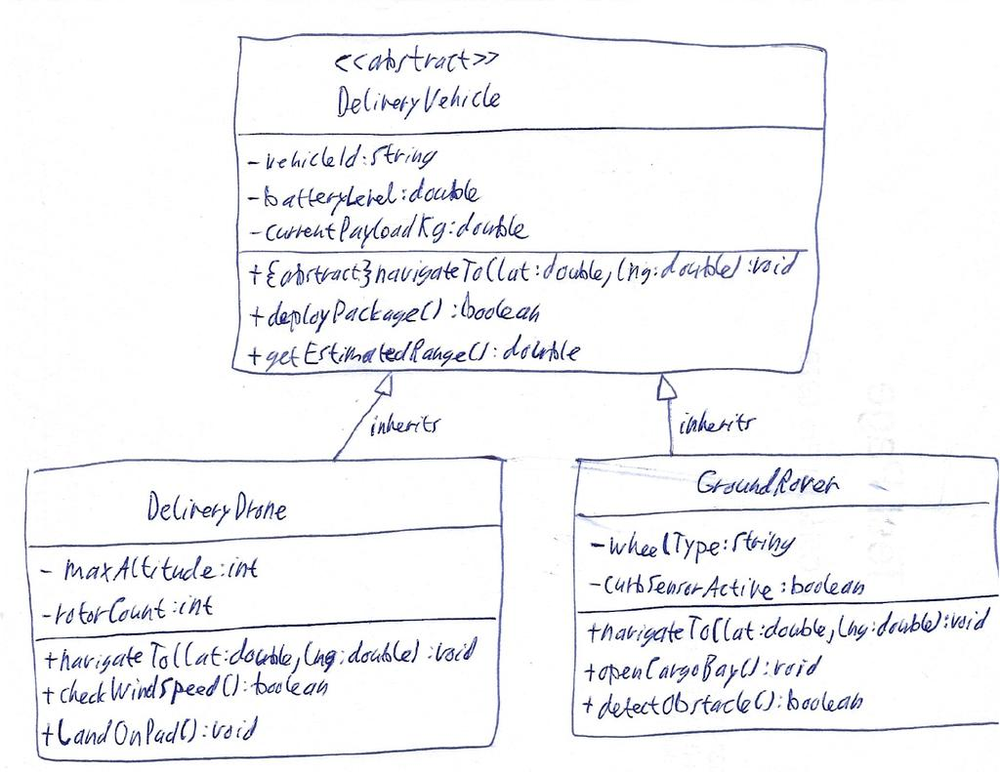
Diagram type: class_diagram
```plantuml
@startuml

abstract class DeliveryVehicle {
    - vehicleId: String
    - batteryLevel: double
    - currentPayloadKg: double
    + {abstract} navigateTo(lat: double, lng: double): void
    + deployPackage(): boolean
    + getEstimatedRange(): double
}

class DeliveryDrone {
    - maxAltitude: int
    - rotorCount: int
    + navigateTo(lat: double, lng: double): void
    + checkWindSpeed(): boolean
    + landOnPad(): void
}

class GroundRover {
    - wheelType: String
    - curbSensorActive: boolean
    + navigateTo(lat: double, lng: double): void
    + openCargoBay(): void
    + detectObstacle(): boolean
}

DeliveryVehicle <|-- DeliveryDrone : inherits
DeliveryVehicle <|-- GroundRover : inherits

@enduml
```